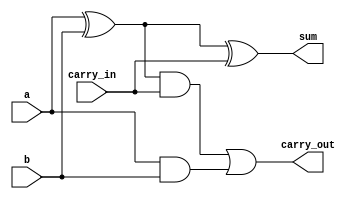
module add11(a,b,carry_in,sum,carry_out);
input a,b,carry_in;
output sum,carry_out;

wire t1,t2,t3;
xor (sum,a,b,carry_in);
xor (t1,a,b);
and (t2,t1,carry_in);
and (t3,a,b);
or (carry_out,t2,t3);

endmodule